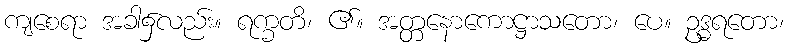
ကျစေရာ အခါ၌လည်း။ ရက္ခတိ၊ ၏။ အတ္တနောကောဋ္ဌာသတော၊ ပေ။ ဥဒ္ဓရတော၊